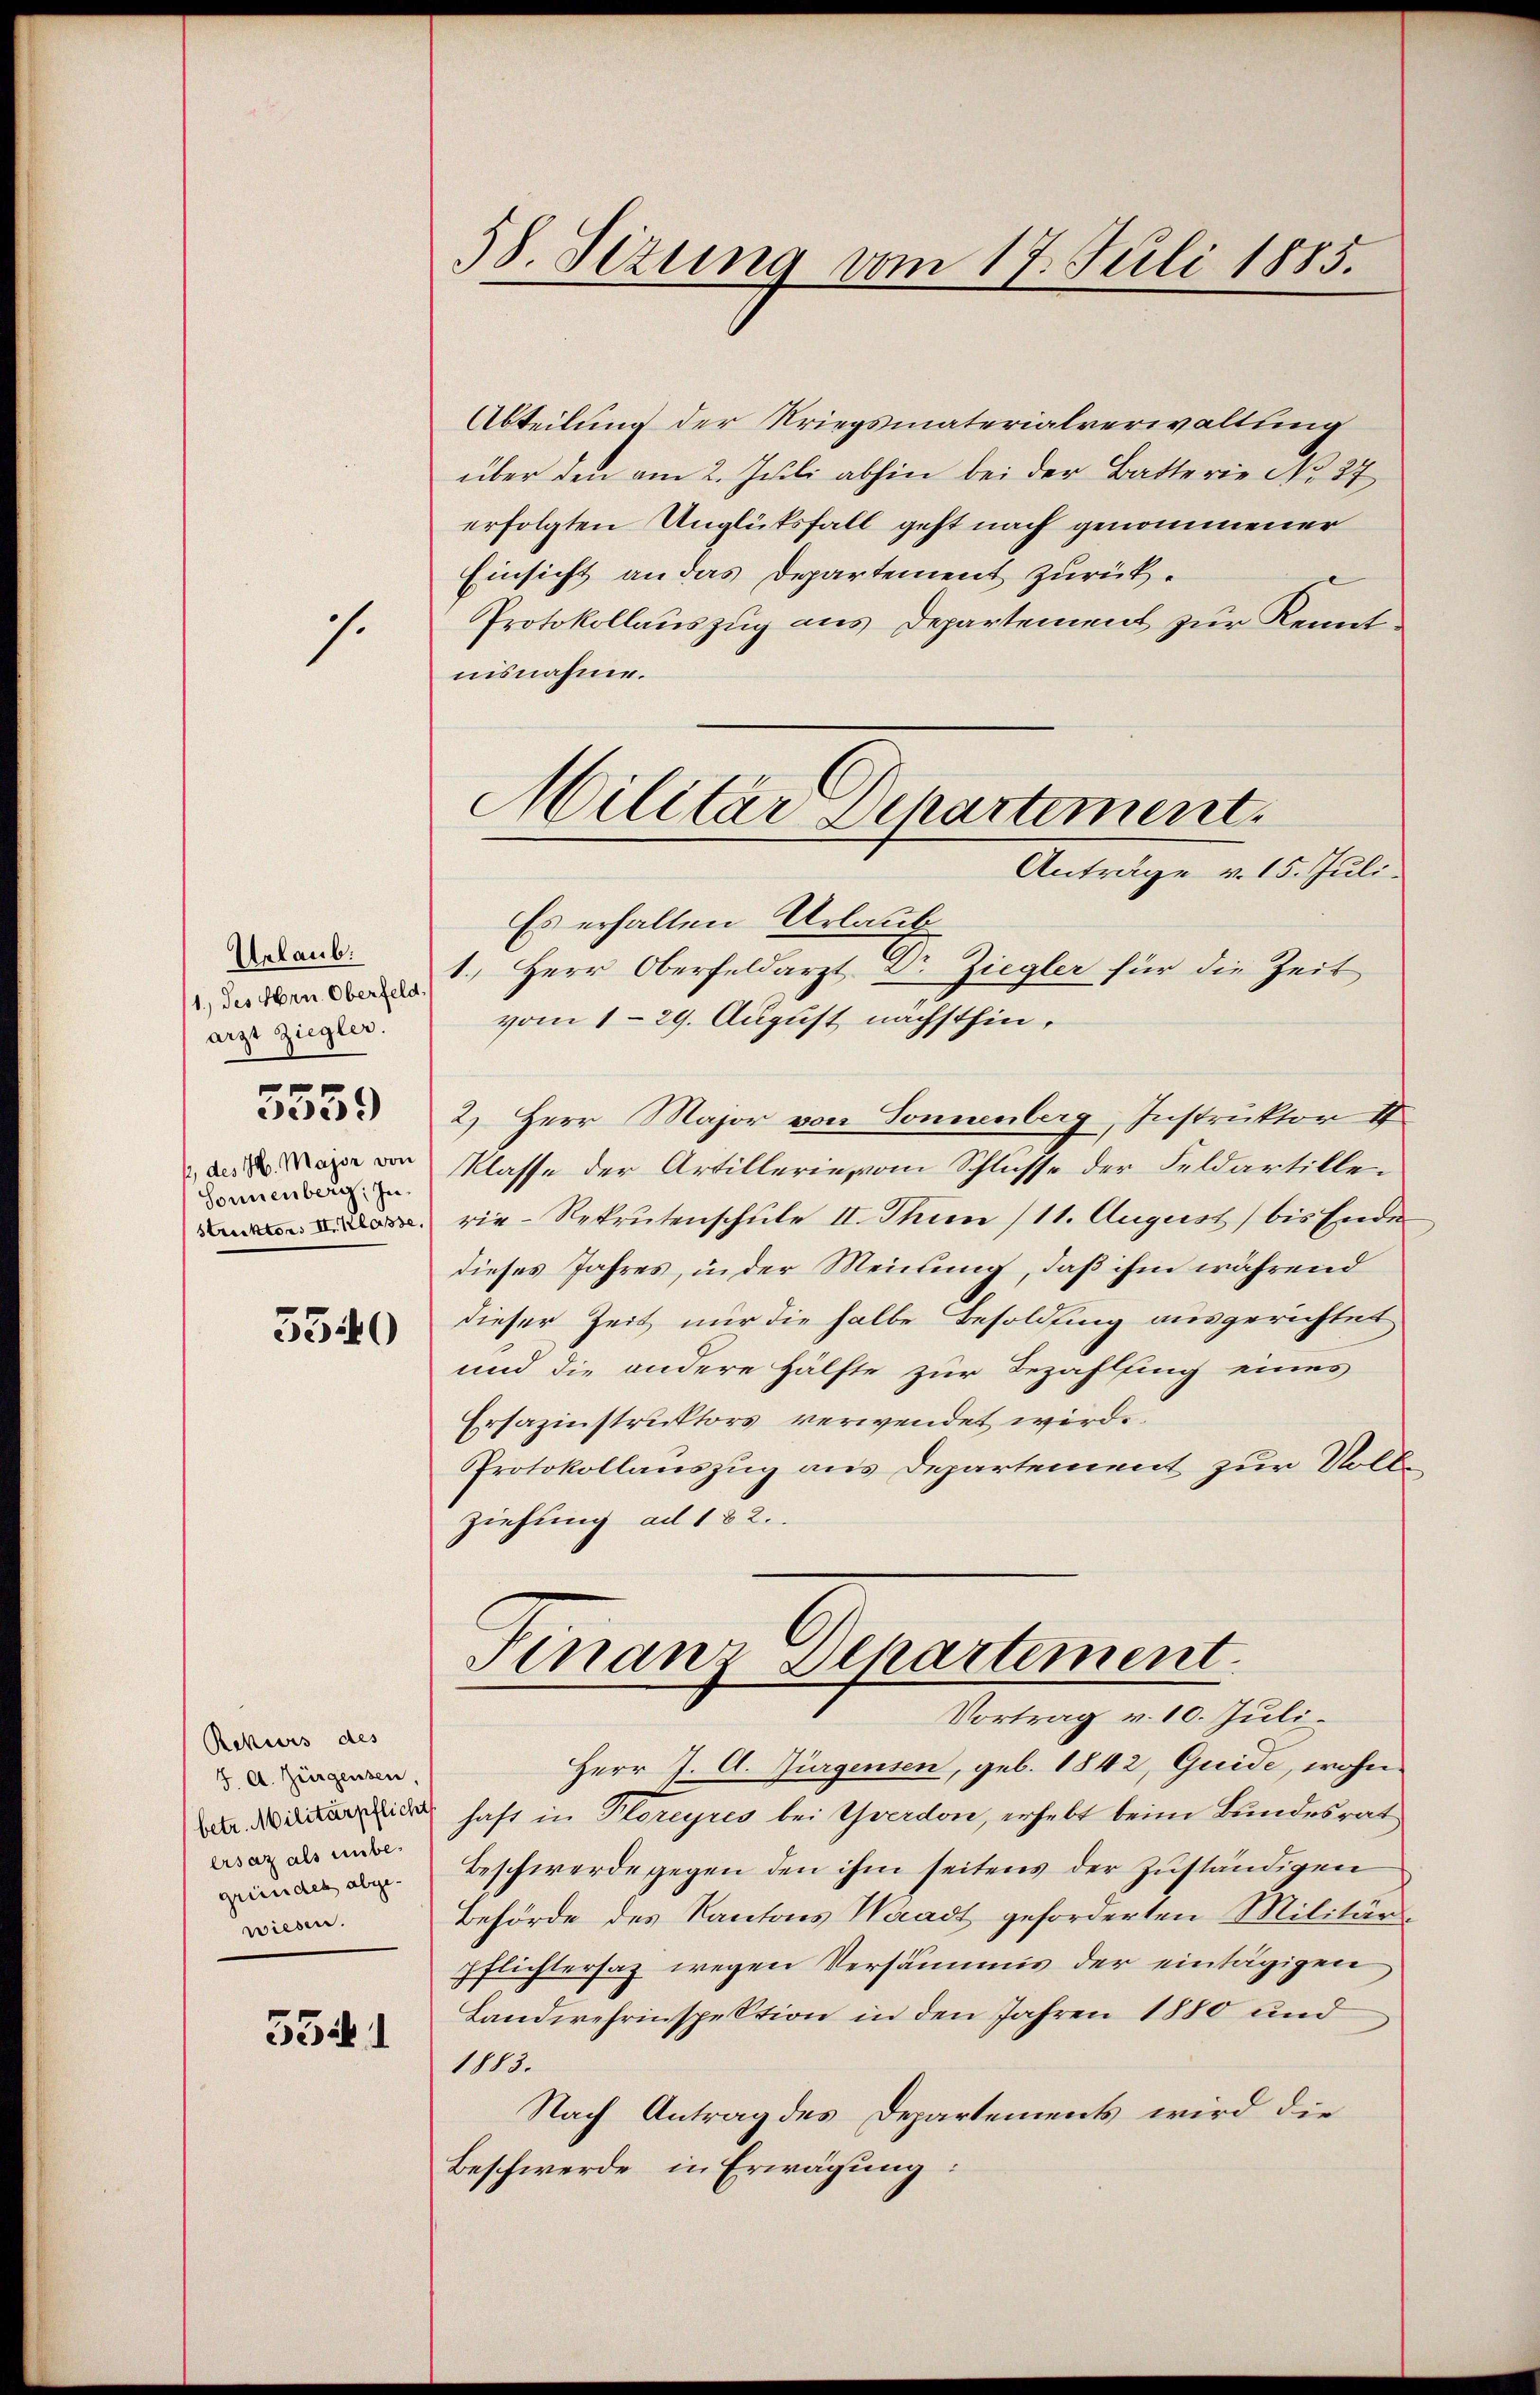
.

Urlaub.
1.) des Hrn. Oberfeld,
arzt Ziegler.
des H. Major von
Sonnenberg. In
strecktens II. Klasse

5559

5340

Rekurs des
J. A. Zürgensen,
betr. Militärpflicht
ersaz als unbegründet abgewiesen.

5541

58. Sizung vom 17. Juli 1885.

Abteilung der Kriegsmaterialverwaltung
über den am 2. Juli abhin bei der Batterie No. 27
erfolgten Unglüksfall geht nach genommener
Einsicht an das Departement zurück¬
Protokollauszug aus Departement zur Kenntnisnahme.
Es erhalten Urlaub
1. Herr Oberfeldarzt Dr. Ziegler für die Zeit
vom 129. August nächsthin¬
2) Herr Major von Donnenberg, Instruktor I
Klasse der Artillerie vom Schlüsse der Feldartillerie-Rekrutenschule II. Thun /11. August) bis Ende
dieses Jahres, in der Meinung, daß ihm während
dieser Zeit nur die halbe Besoldung ausgerichtet
und die andere Hälfte zur Bezahlung eines
Ersazinstruktors verwendet wird.
Protokollauszug aus Departement zur Volle
ziehung ad 182.

Militär Departement
Anträge v. 15. Juli.

Finanz Departement.
Vortrag v. 10. Juli.

Herr J. A. Jürgensen, geb. 1842, Guide, wohn
haft in Floreyres bei Yverdon, erhebt beim Bundesrat
Beschwerde gegen den ihm seitens der zuständigen
Behörde des Kantons Waadt geforderten Militär¬
Pflichtersaz wegen Versäumnis der eintägigen
Landwehrinspektion in den Jahren 1880 und
1115.
Nach Antrag des Departements wird die
Beschwerde in Erwägung: